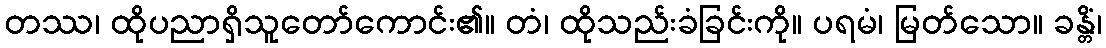
တဿ၊ ထိုပညာရှိသူတော်ကောင်း၏။ တံ၊ ထိုသည်းခံခြင်းကို။ ပရမံ၊ မြတ်သော။ ခန္တိံ၊